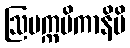
ဩပက္ကမိကာနိပိ